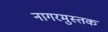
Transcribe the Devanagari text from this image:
नागरमुस्तक